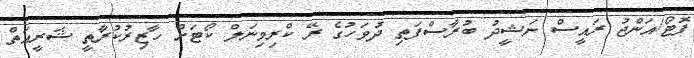
ފޮޓޯ/އަންޖު ރައީސް ނަޝީދު ބުރާސްފަތި ދުވަހުގެ ރޭ ކްރިމިނަލް ކޯޓަށް ހާޒިރުކުރާތީ ޝަރީއަތް